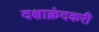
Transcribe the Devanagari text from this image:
दक्षाक्रंदकरी